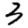
Digit: 3